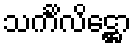
သင်္ကိလိဋ္ဌော